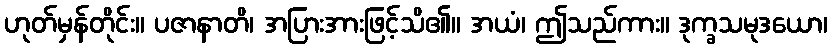
ဟုတ်မှန်တိုင်း။ ပဇာနာတိ၊ အပြားအားဖြင့်သိ၏။ အယံ၊ ဤသည်ကား။ ဒုက္ခသမုဒယော၊